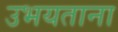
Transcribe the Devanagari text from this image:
उभयताना